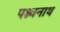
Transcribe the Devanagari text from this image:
पश्र्वनाथ